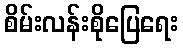
စိမ်းလန်းစိုပြေရေး